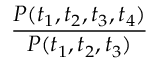
\frac { P ( t _ { 1 } , t _ { 2 } , t _ { 3 } , t _ { 4 } ) } { P ( t _ { 1 } , t _ { 2 } , t _ { 3 } ) }